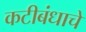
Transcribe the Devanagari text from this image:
कटीबंधाचे